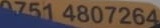
0751 4807264